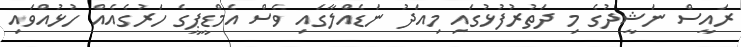
ރައީސް ނަޝީދުގެ މި ދަތުރުފުޅުގައި މިއަދު ނަޑެއްލާގައި ވެސް އެމްޑީޕީގެ ހަރުގެއެއް ހުޅުއްވައި